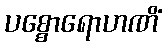
ပစ္စောရောဟဏိံ